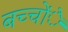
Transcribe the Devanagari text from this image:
बच्चोंे